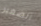
الصغير